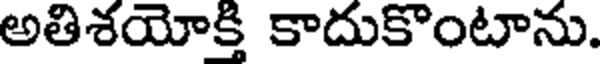
అతిశయోక్తి కాదుకొంటాను.